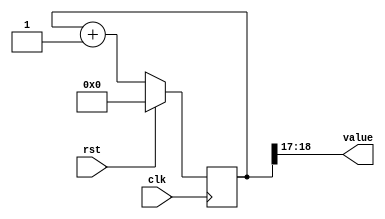
/*
   This file was generated automatically by the Mojo IDE version B1.2.3.
   Do not edit this file directly. Instead edit the original Lucid source.
   This is a temporary file and any changes made to it will be destroyed.
*/

/*
   Parameters:
     SIZE = 2
     DIV = 17
     TOP = 0
     UP = 1
*/
module counter_3 (
    input clk,
    input rst,
    output reg [1:0] value
  );
  
  localparam SIZE = 2'h2;
  localparam DIV = 5'h11;
  localparam TOP = 1'h0;
  localparam UP = 1'h1;
  
  
  reg [18:0] M_ctr_d, M_ctr_q = 1'h0;
  
  localparam MAX_VALUE = 18'h1ffff;
  
  always @* begin
    M_ctr_d = M_ctr_q;
    
    value = M_ctr_q[17+1-:2];
    if (1'h1) begin
      M_ctr_d = M_ctr_q + 1'h1;
      if (1'h0 && M_ctr_q == 18'h1ffff) begin
        M_ctr_d = 1'h0;
      end
    end else begin
      M_ctr_d = M_ctr_q - 1'h1;
      if (1'h0 && M_ctr_q == 1'h0) begin
        M_ctr_d = 18'h1ffff;
      end
    end
  end
  
  always @(posedge clk) begin
    if (rst == 1'b1) begin
      M_ctr_q <= 1'h0;
    end else begin
      M_ctr_q <= M_ctr_d;
    end
  end
  
endmodule